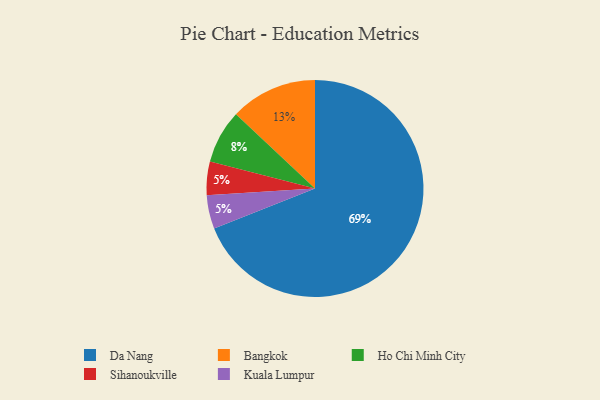
{"axis": {"x": "Category", "y": "Percentage"}, "legend": ["Bangkok", "Da Nang", "Ho Chi Minh City", "Kuala Lumpur", "Sihanoukville"], "data": [{"x": "Sihanoukville", "y": 5, "type": "Sihanoukville"}, {"x": "Da Nang", "y": 69, "type": "Da Nang"}, {"x": "Bangkok", "y": 13, "type": "Bangkok"}, {"x": "Ho Chi Minh City", "y": 8, "type": "Ho Chi Minh City"}, {"x": "Kuala Lumpur", "y": 5, "type": "Kuala Lumpur"}]}